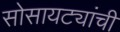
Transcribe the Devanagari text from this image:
सोसायट्यांची